Annual report on the working of the mental hospitals in the Madras Presidency - 1912-1932
Year: 1912
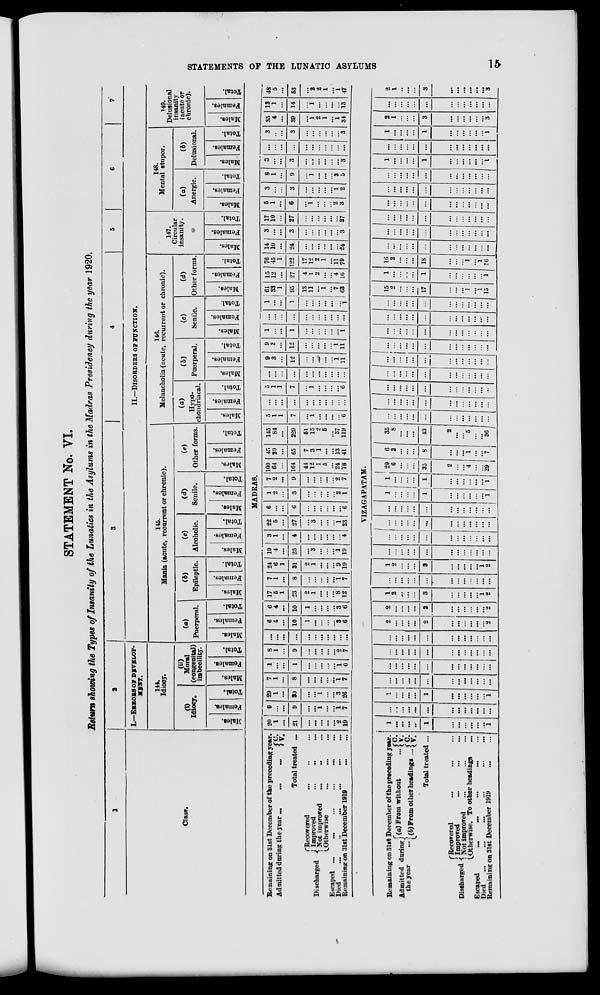
STATEMENTS OF THE LUNATIC ASYLUMS
15
STATEMENT No. VI.
Return showing the Types of Insanity of the Lunatics in the Asylums in the Madras Presidency during the year 1920.
1
Class.
2
I.—ERRORS OF DEVELOP-
MENT.
144.
Idiocy.
(i)
Idiocy.
Males.
Females.
Total.
(ii)
Moral
(congenital)
imbecility.
Males.
Females.
Total.
3
4
5
6
7
II.—DISORDERS OF FUNCTION.
145.
Mania (acute, recurrent or chronic).
(a)
Puerperal.
Males.
Females.
Total.
(b)
Epileptic.
Males.
Females.
Total.
(c)
Alcoholic.
Males.
Females.
Total.
(d)
Senile.
Males.
Females.
Total.
(e)
Other forms.
Males.
Females.
Total.
146.
Melancholia (acute, recurrent or chronic).
(a)
Hypo-
chondriacal.
Males.
Females.
Total.
(b)
Puerperal.
Males.
Females.
Total.
(c)
Senile.
Males.
Females.
Total.
(d)
Other forms.
Males.
Females.
Total.
147.
Circular
insanity.
Males.
Females.
Total.
148.
Mental stupor.
(a)
Anergic.
Males.
Females.
Total.
(b)
Delusional.
Males.
Females.
Total.
149.
Delusional
insanity
(acute or
chronic).
Males.
Females.
Total.
MADRAS.
Remaining on 31st December of the preceding year.
Admitted during the year
...
...
...
C.
V.
Total treated ...
Discharged
Recovered ... ... ...
Improved ... ... ...
Not improved ... ... ...
Otherwise ... ... ...
Escaped ... ... ... ... ... ...
Died ... ... ... ... ... ...
Remaining on 31st December 1919 ... ...
20
1
...
21
...
...
...
...
...
2
19
9
...
...
9
...
...
1
...
...
1
7
29
1
...
30
...
...
1
...
...
3
26
7
1
...
8
...
...
...
...
...
1
7
1
...
...
1
...
...
...
...
...
1
0
8
1
...
9
...
...
...
...
...
2
7
...
...
...
...
...
...
...
...
...
...
...
6
4
...
10
1
...
...
...
...
3
6
6
4
...
10
1
...
...
...
...
3
6
17
5
1
23
2
1
...
...
...
8
12
7
1
...
8
...
...
...
...
...
1
7
24
6
1
31
2
1
...
...
...
9
19
19
4
...
23
...
3
...
...
...
1
19
3
1
...
4
...
...
...
...
...
...
4
22
5
...
27
...
3
...
...
...
1
23
6
...
...
6
...
...
...
...
...
...
6
1
2
...
3
...
...
...
...
...
2
1
7
2
...
9
...
...
...
...
...
2
7
100
64
...
164
44
12
1
5
...
24
78
45
20
...
65
7
3
1
...
...
13
41
145
84
...
229
51
15
2
5
...
37
119
5
1
1
7
...
1
...
...
...
...
6
...
...
...
...
...
...
...
...
...
...
...
5
1
1
7
...
1
...
...
...
...
6
...
...
...
...
...
...
...
...
...
...
...
9
3
...
12
...
...
...
...
...
1
11
9
3
...
12
...
...
...
...
...
1
11
1
...
...
1
...
...
...
...
...
...
1
...
...
...
...
...
...
...
...
...
...
...
1
...
...
1
...
...
...
...
...
...
1
61
33
1
95
13
11
...
1
...
7
63
15
12
...
27
4
1
2
...
...
4
16
76
45
1
122
17
12
2
1
...
11
79
14
10
...
24
...
...
...
...
...
...
24
3
...
...
3
...
...
...
...
...
...
3
17
10
...
27
...
...
...
...
...
...
27
5
1
...
6
...
1
...
...
...
2
3
3
...
...
3
...
...
...
...
...
1
2
8
1
...
9
...
1
...
...
...
3
5
3
...
...
3
...
...
...
...
...
...
3
...
...
...
...
...
...
...
...
...
...
...
3
...
...
3
...
...
...
...
...
...
3
35
4
...
39
...
1
2
1
...
1
34
13
1
...
14
...
1
...
...
...
...
13
48
5
...
53
...
2
2
1
...
1
47
VIZAGAPATAM.
Remaining on 31st December of the preceding year.
Admitted during
the year ...
(a) From without ...
(b) From other headings ...
C.
V.
C.
V.
Total treated ...
Discharged
Recovered ... ... ...
Improved ... ... ...
Not improred ... ... ...
Otherwise.
To other headings ...
Escaped
...
...
...
...
...
Died
...
...
...
...
...
...
Remaining on 31st December 1919
...
...
1
...
...
...
...
1
...
...
...
...
...
...
1
...
...
...
...
...
...
...
...
...
...
...
...
...
1
...
...
...
...
1
...
...
...
...
...
... 1
...
...
...
...
...
...
...
...
...
...
...
...
...
...
...
...
...
...
...
...
...
...
...
...
...
...
...
...
...
...
...
...
...
...
...
...
...
...
...
...
...
...
...
...
...
...
...
...
...
...
...
...
2
...
...
...
...
2
...
...
...
...
...
...
2
2
...
...
...
...
2
...
...
...
...
...
...
2
1
2
...
...
...
3
...
...
...
...
...
1
2
...
...
...
...
...
...
...
...
...
...
...
...
...
1
2
...
...
...
3
...
...
...
...
...
1
2
...
...
...
...
...
...
...
...
...
...
...
...
...
...
...
...
...
...
...
...
...
...
...
...
...
...
...
...
...
...
...
...
...
...
...
...
...
...
...
...
...
...
...
...
...
...
...
...
...
...
...
...
1
...
...
...
1
...
...
...
...
...
...
1
1
...
...
...
...
1
...
...
...
...
...
...
1
29
6
...
...
...
35
2
...
...
4
...
...
29
6
2
...
...
...
8
...
...
...
1
...
...
7
35
8
...
...
...
43
2
...
...
5
...
...
36
...
...
...
...
...
...
...
...
...
...
...
...
...
...
...
...
...
...
...
...
...
...
...
...
...
...
. . .
...
...
...
...
...
...
...
...
...
...
...
...
...
...
...
...
...
...
...
...
...
...
...
...
...
...
...
...
...
...
...
...
...
...
...
...
...
...
. . .
...
...
...
...
...
...
...
...
...
...
...
...
...
...
...
...
...
...
...
...
...
...
..
...
...
...
...
...
...
...
...
...
...
...
...
...
...
...
...
...
...
...
...
...
...
...
...
...
...
...
...
15
2
...
...
...
17
...
...
...
1
...
1
15
1
...
...
...
...
1
...
...
...
...
...
...
1
16
2
...
...
...
18
...
...
...
1
...
1
16
...
...
...
...
...
...
...
...
...
...
...
...
...
...
...
...
...
...
...
...
...
...
...
...
...
...
...
...
...
...
...
...
...
...
...
...
...
...
...
...
...
...
...
...
...
...
...
...
...
...
...
...
...
...
...
...
...
...
...
...
...
...
...
...
...
...
...
...
...
...
...
...
...
...
...
...
...
...
1
...
...
...
...
1
...
...
...
...
...
...
1
...
...
...
...
...
...
...
...
...
...
...
...
...
1
...
...
...
...
1
...
...
...
...
...
...
1
2
1
...
...
...
3
...
...
...
...
...
...
3
...
...
...
...
...
...
...
...
...
...
...
...
...
2
1
...
...
...
3
...
...
...
...
...
...
3